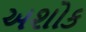
અશોક